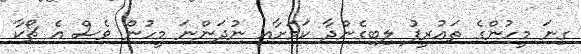
ގިނަ މީހުންގެ ތަޢުރީފު ލިބިގެންދާ ކަމަށާއި ނުދަންނަ މީހުން ވެސް އެ ޗޯކާ